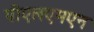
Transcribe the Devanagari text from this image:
पीएलएमएन